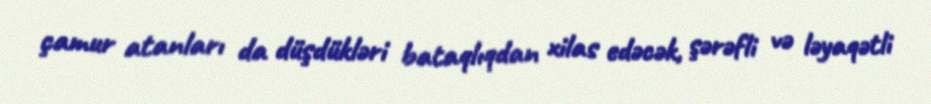
çamur atanları da düşdükləri bataqlıqdan xilas edəcək, şərəfli və ləyaqətli